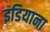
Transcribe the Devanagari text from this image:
इडियाना